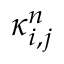
\boldsymbol { \kappa } _ { i , j } ^ { n }